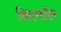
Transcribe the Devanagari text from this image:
बिस्मॉल